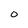
Character: O